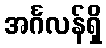
အင်္ဂလန်ရှိ